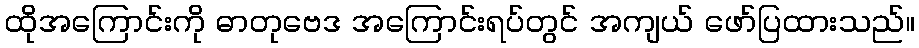
ထိုအကြောင်းကို ဓာတုဗေဒ အကြောင်းရပ်တွင် အကျယ် ဖော်ပြထားသည်။